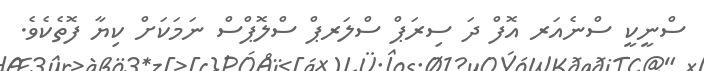
ސްނީކީ ސްނެއަރ އޮފް ދަ ސިރަޕް ސްލަރޕް ސްލޮޕްސް ނަމަކަށް ކިޔާ ފޮތެކެވެ.